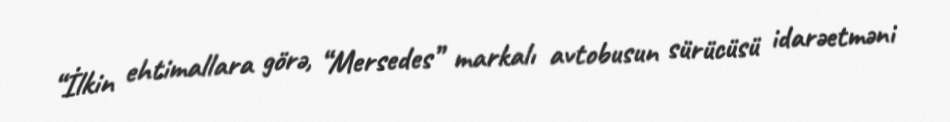
“İlkin ehtimallara görə, “Mersedes” markalı avtobusun sürücüsü idarəetməni